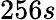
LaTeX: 256s